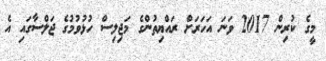
މީގެ ކުރިން 2017 ވަނަ އަހަރަށް ރައްޔިތުންގެ މަޖިލިސް ހުޅުވުމުގެ ޖަލްސާގައި އެ